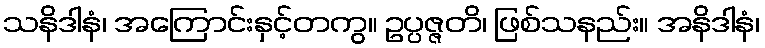
သနိဒါနံ၊ အကြောင်းနှင့်တကွ။ ဥပ္ပဇ္ဇတိ၊ ဖြစ်သနည်း။ အနိဒါနံ၊